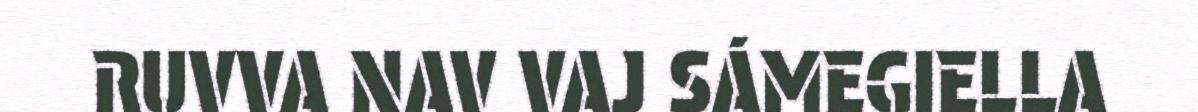
RUVVA NAV VAJ SÁMEGIELLA